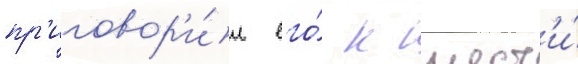
пр'иговор'и́л его́ к шест'и́